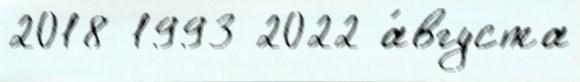
2018 1993 2022 а́вгуста